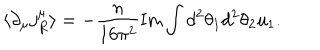
LaTeX: \langle \partial _ { \mu } j _ { R } ^ { \mu } \rangle = - \frac { n } { 1 6 \pi ^ { 2 } } \mathrm { I m } \int d ^ { 2 } \theta _ { 1 } d ^ { 2 } \theta _ { 2 } u _ { 1 } .